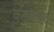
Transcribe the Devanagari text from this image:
कडमडेकर